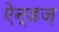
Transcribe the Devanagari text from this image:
ऐन्डज़